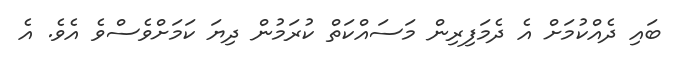
ބައި ދެއްކުމަށް އެ ދެމަފިރިން މަސައްކަތް ކުރަމުން ދިޔަ ކަމަށްވެސްވެ އެވެ. އެ